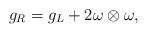
LaTeX: \begin{align*}g_R=g_L+2\omega\otimes\omega,\end{align*}